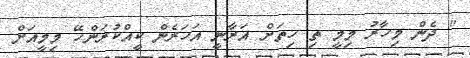
" ދެން މިހާރު މިމީ ތި ހިތަށް އަރާނީ އަހަރެން ކީއްކުރަންހޭ މިމީއަށް